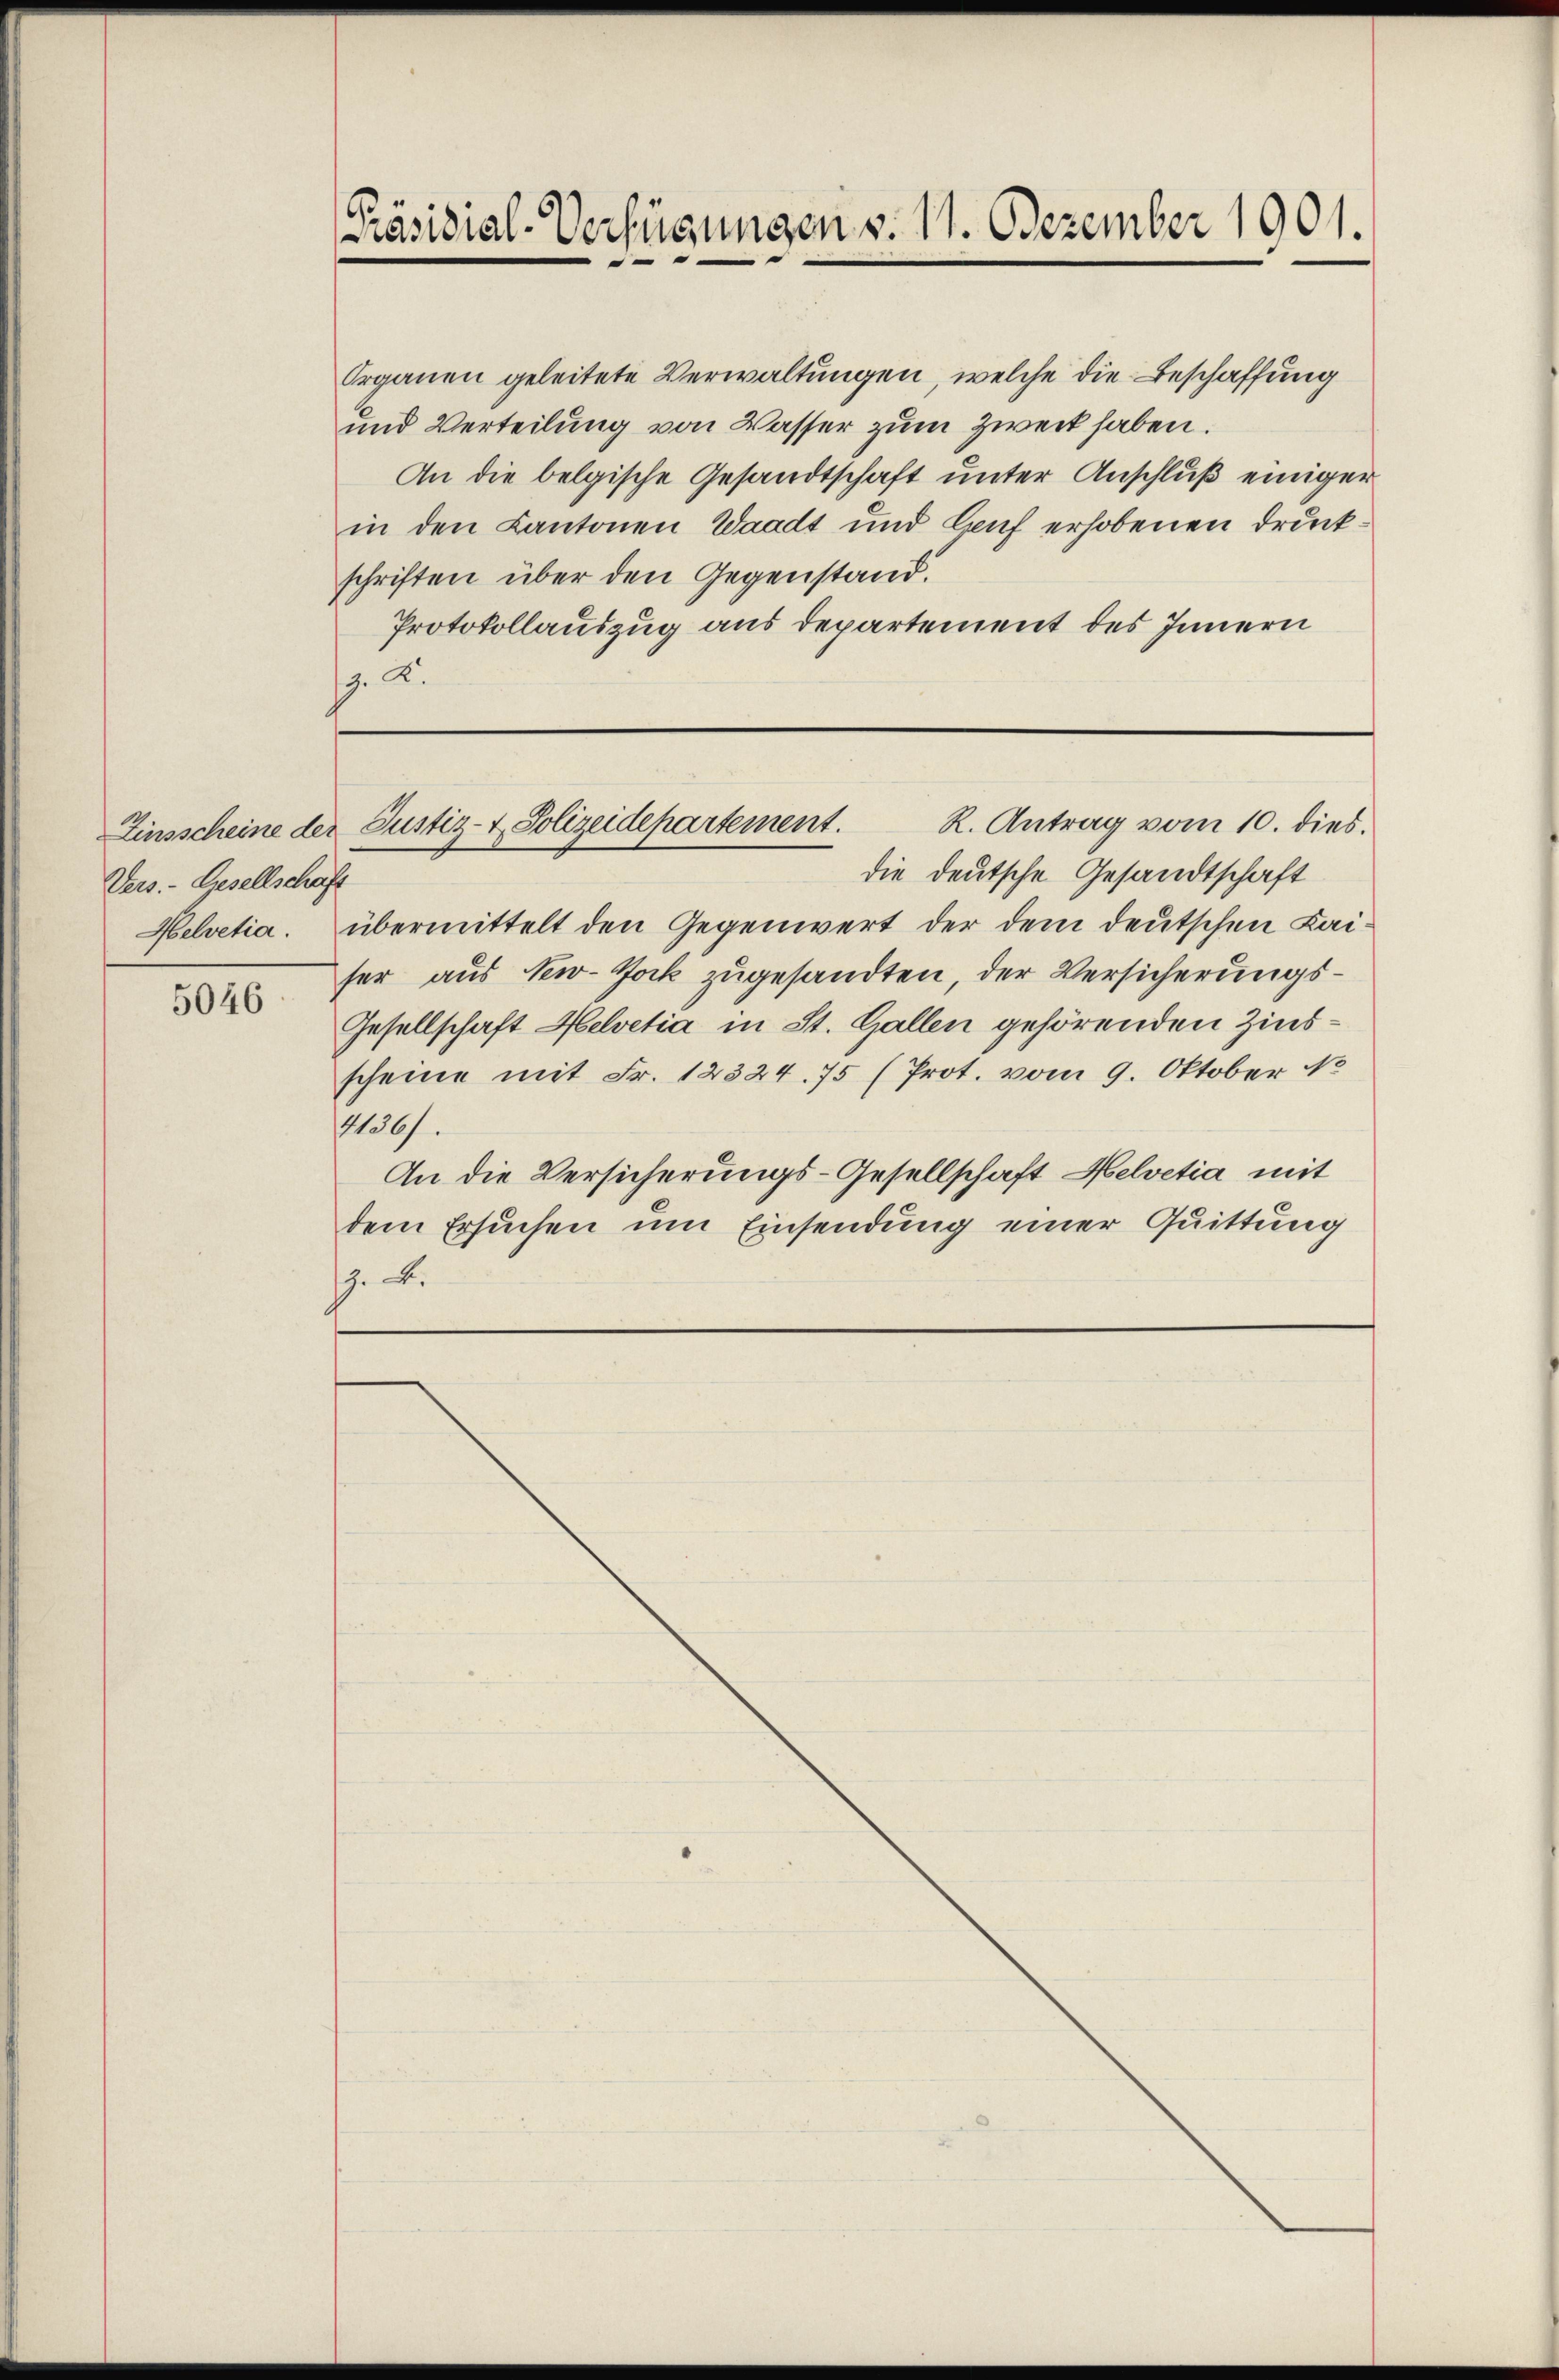
Vers.- Lisellschaft
Helvetia.

5046

Präsidial-Verfügungen v. 11. Dezember 1901.
e

Organen geleitete Verwaltungen, welche die Beschaffung
und Verteilung von Wasser zum Zweck haben.
An die belgische Gesandtschaft unter Anschluß einiger
in den Kantonen Waadt und Lauf erhobenen Druckschriften über den Gegenstand.
Protokollauszug aus departement des Innern
p. 2.

R. Antrag vom 10. dies.
Zinsscheine der Justiz- & Polizeidepartement.

die deutsche Gesandtschaft
übermittelt den Gegenwert der dem deutschen Kaiser aus New-York zugesandten, der Versicherungs¬
Gesellschaft Helvetia in St. Gallen gehörenden Zinsscheine mit Fr. 12324. 75 (Prot. vom 9. Oktober 18
11136).
An die Versicherungs-Gesellschaft Helvetia mit
dem Ersuchen um Einsendung einer Quittung
J. B.